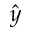
\hat { y }